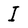
Character: I